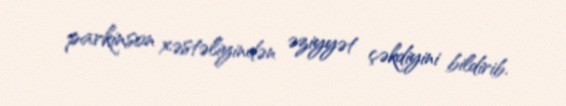
parkinson xəstəliyindən əziyyət çəkdiyini bildirib.